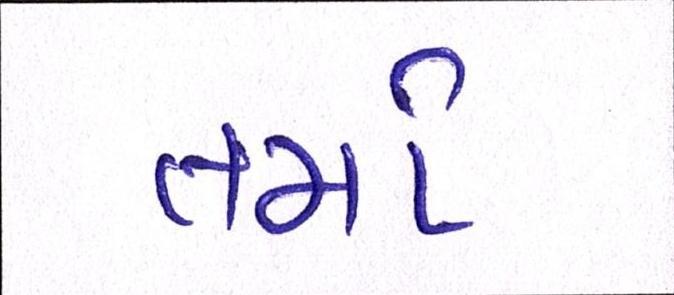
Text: તમો